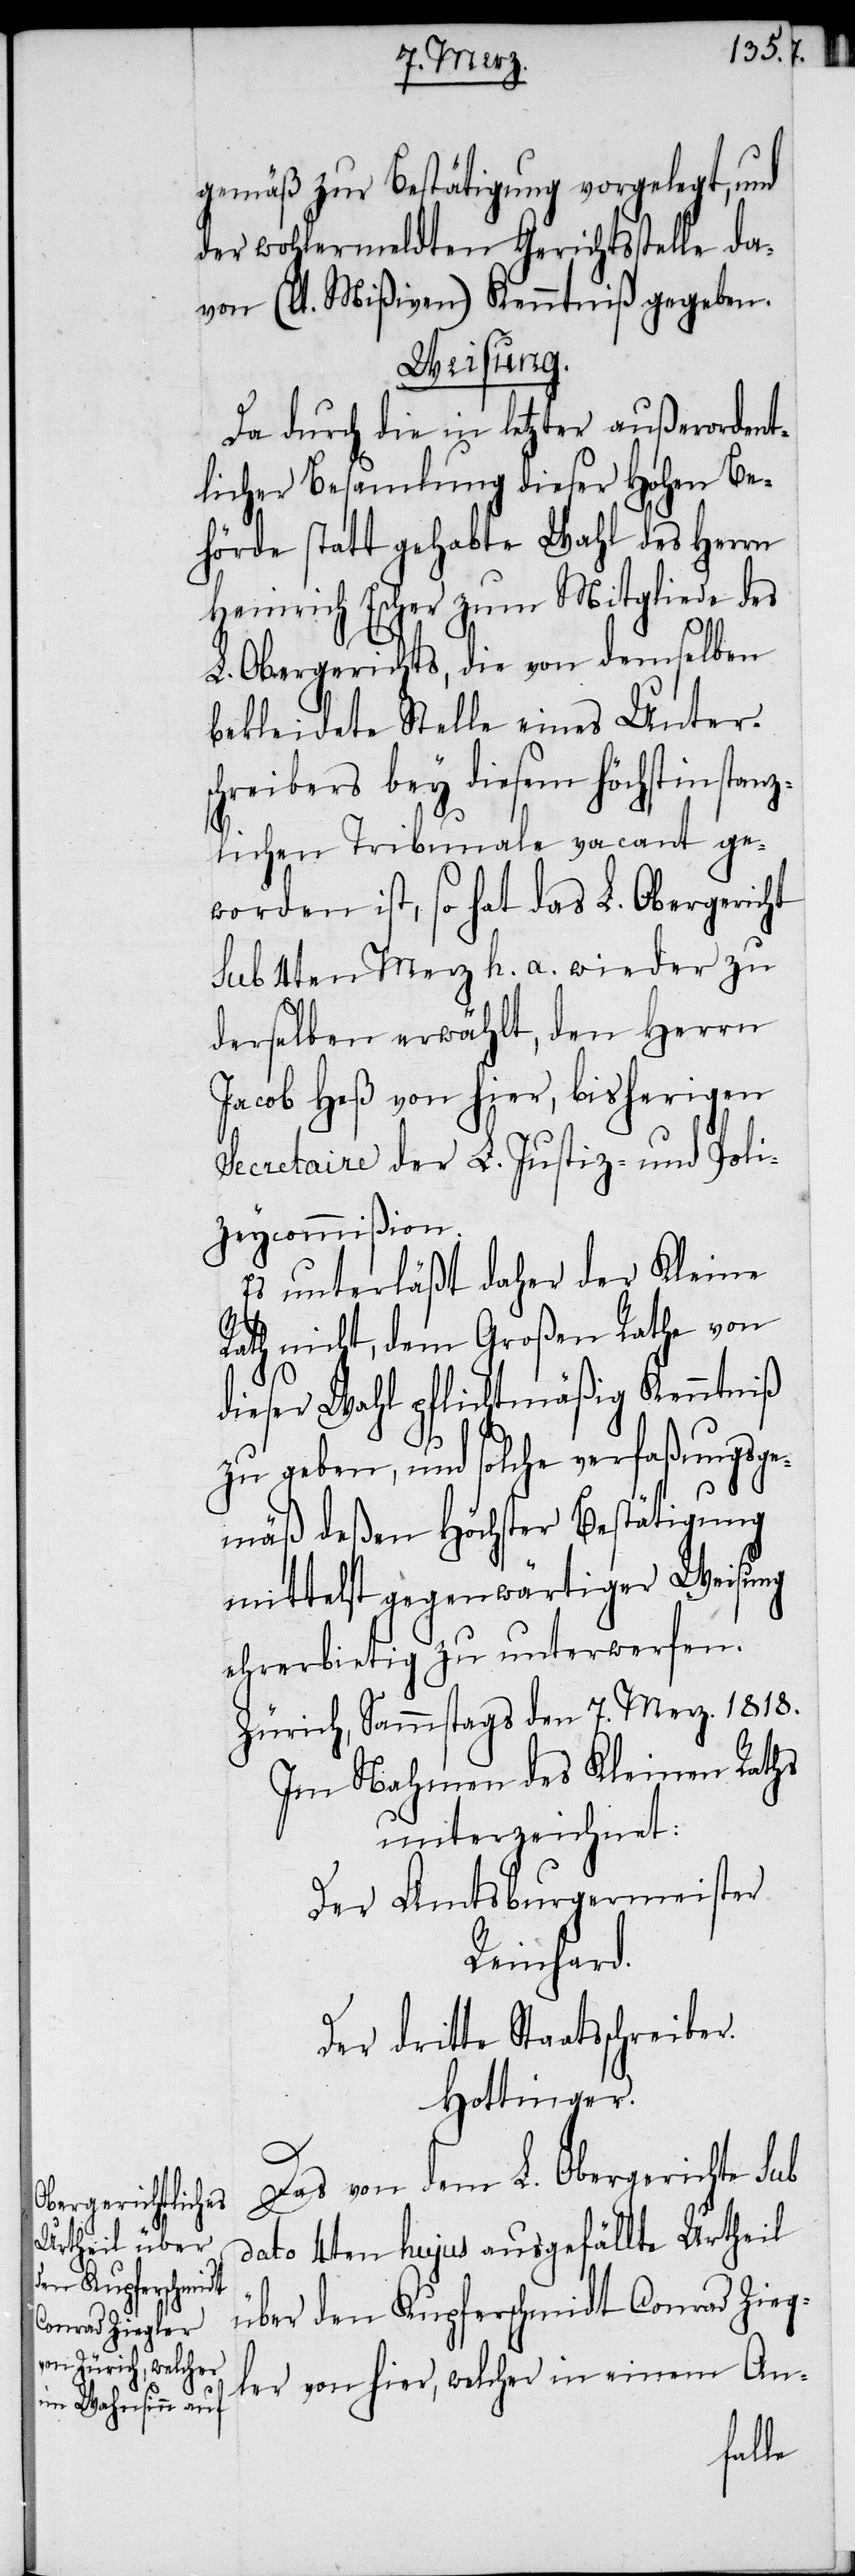
gemäß zur Bestätigung vorgelegt, und
der wohlermeldten Gerichtsstelle da¬
von (lt. Mißiven) Kenntniß gegeben.
Weisung.
Da durch die in letzter außerordent¬
licher Besamlung dieser Hohen Be¬
hörde statt gehabte Wahl des Herrn
Heinrich Escher zum Mitgliede des
L. Obergerichts, die von demselben
bekleidete Stelle eines Unter¬
schreibers bey diesem höchstinstanz¬
lichen Tribunale vacant ge¬
worden ist, so hat das L. Obergericht
sub 14ten Merz h. a. wieder zu
derselben erwählt, den Herrn
Jacob Heß von hier, bisherigen
Secretaire der L. Justiz- und Poli¬
zeycommißion.
Es unterläßt daher der Kleine
Rath nicht, dem Großen Rathe von
dieser Wahl pflichtmäßig Kenntniß
zu geben, und solche verfaßungsge¬
mäß deßen Höchster Bestätigung
mittelst gegenwärtiger Weisung
ehrerbietig zu unterwerfen.
Zürich, Samstags den 7. Merz. 1818.
Im Nahmen des Kleinen Raths
unterzeichnet:
Der Amtsburgermeister
Reinhard.
Der dritte Staatsschreiber.
Hottinger.
Das von dem L. Obergerichte sub
dato 4ten hujus ausgefällte Urtheil
über den Kupferschmidt Conrad Zieg¬
ler von hier, welcher in einem An-